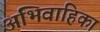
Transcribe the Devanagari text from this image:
अभिवाहिका